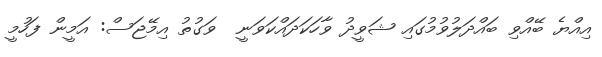
އިއްޔެ ބޭއްވި ބައްދަލުވުމުގައި ޝަވީދު ވާހަކަދައްކަވަނީ  ވަގުތު އިމޭޖަސް: އަމީން ފަހުމީ